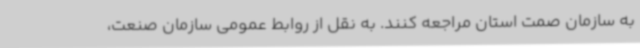
به سازمان صمت استان مراجعه کنند. به نقل از روابط عمومی سازمان صنعت،